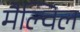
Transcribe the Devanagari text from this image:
मैल्विल